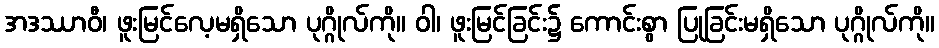
အဒဿာဝီ၊ ဖူးမြင်လေ့မရှိသော ပုဂ္ဂိုလ်ကို။ ဝါ၊ ဖူးမြင်ခြင်း၌ ကောင်းစွာ ပြုခြင်းမရှိသော ပုဂ္ဂိုလ်ကို။